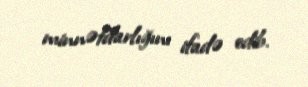
minnətdarlığını ifadə edib.